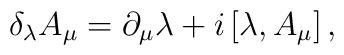
\delta_{\lambda }{A}_{\mu} =\partial _{\mu}{\lambda}+i\left[\lambda,{A}_{\mu}\right],